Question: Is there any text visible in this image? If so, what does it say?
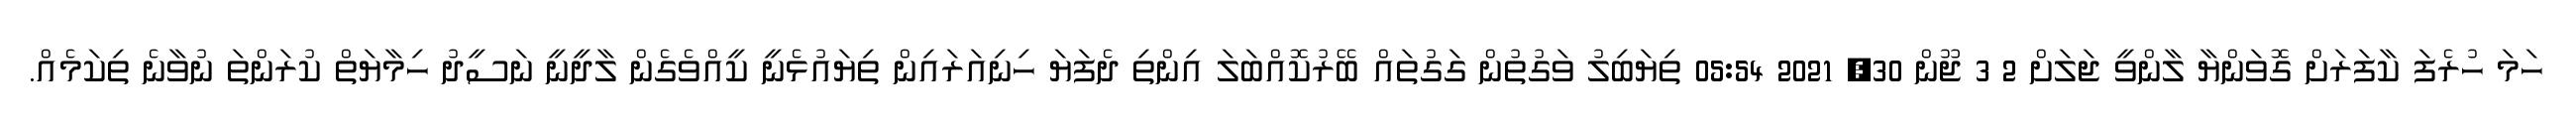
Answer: ހަމަ ހުރެފަ ކާފަރަށް ގޮވަންޔާ ލާންވީ ޖަލަށް 2 3 ޖޫން 30, 2021 05:54 ތިޔަބިލު ވަގުތުން ގަގުތައް ބޭރުކޮއްބަލަ އިންތި ދެފަޔަ ހިނިއަރައިން ތިޔައުޅެނީ ކީއްވެގެން ލާދީނީ ނަސީދު ހިމާޔަތް ކުރަންތަ ނުވާނެ ތިކަމެއް.